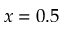
x = 0 . 5